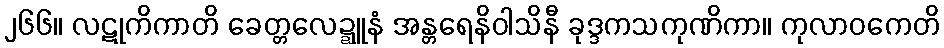
၂၆၆။ လဋုကိကာတိ ခေတ္တလေဍ္ဍူနံ အန္တရေနိဝါသိနီ ခုဒ္ဒကသကုဏိကာ။ ကုလာဝကေတိ